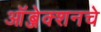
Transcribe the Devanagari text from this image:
ऑब्जेक्शनचे